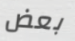
بعض